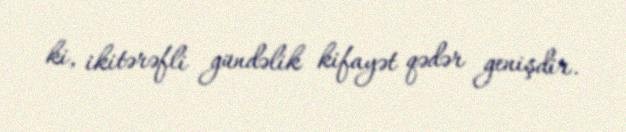
ki, ikitərəfli gündəlik kifayət qədər genişdir.